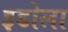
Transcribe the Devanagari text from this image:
इडोला